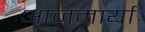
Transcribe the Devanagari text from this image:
आजमार्याः